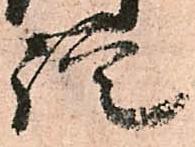
諚